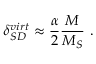
\delta _ { S D } ^ { v i r t } \approx \frac { \alpha } { 2 } \frac { M } { M _ { S } } \ .